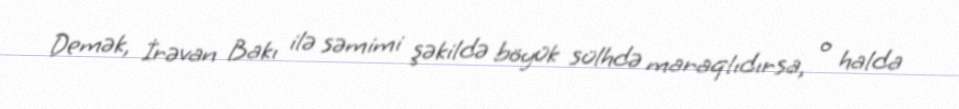
Demək, İrəvan Bakı ilə səmimi şəkildə böyük sülhdə maraqlıdırsa, o halda